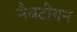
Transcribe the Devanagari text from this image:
नैबटीयन